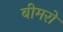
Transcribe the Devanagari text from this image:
बीमरो